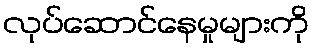
လုပ်ဆောင်နေမှုများကို